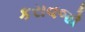
કરાવજો